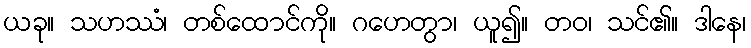
ယခု။ သဟဿံ၊ တစ်ထောင်ကို။ ဂဟေတွာ၊ ယူ၍။ တဝ၊ သင်၏။ ဒါနေ၊